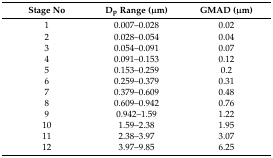
<table><thead><tr><td><b>Stage No</b></td><td><b>D<sub>p</sub> Range (μm)</b></td><td><b>GMAD (μm)</b></td></tr></thead><tbody><tr><td>1</td><td>0.007–0.028</td><td>0.02</td></tr><tr><td>2</td><td>0.028–0.054</td><td>0.04</td></tr><tr><td>3</td><td>0.054–0.091</td><td>0.07</td></tr><tr><td>4</td><td>0.091–0.153</td><td>0.12</td></tr><tr><td>5</td><td>0.153–0.259</td><td>0.2</td></tr><tr><td>6</td><td>0.259–0.379</td><td>0.31</td></tr><tr><td>7</td><td>0.379–0.609</td><td>0.48</td></tr><tr><td>8</td><td>0.609–0.942</td><td>0.76</td></tr><tr><td>9</td><td>0.942–1.59</td><td>1.22</td></tr><tr><td>10</td><td>1.59–2.38</td><td>1.95</td></tr><tr><td>11</td><td>2.38–3.97</td><td>3.07</td></tr><tr><td>12</td><td>3.97–9.85</td><td>6.25</td></tr></tbody></table>